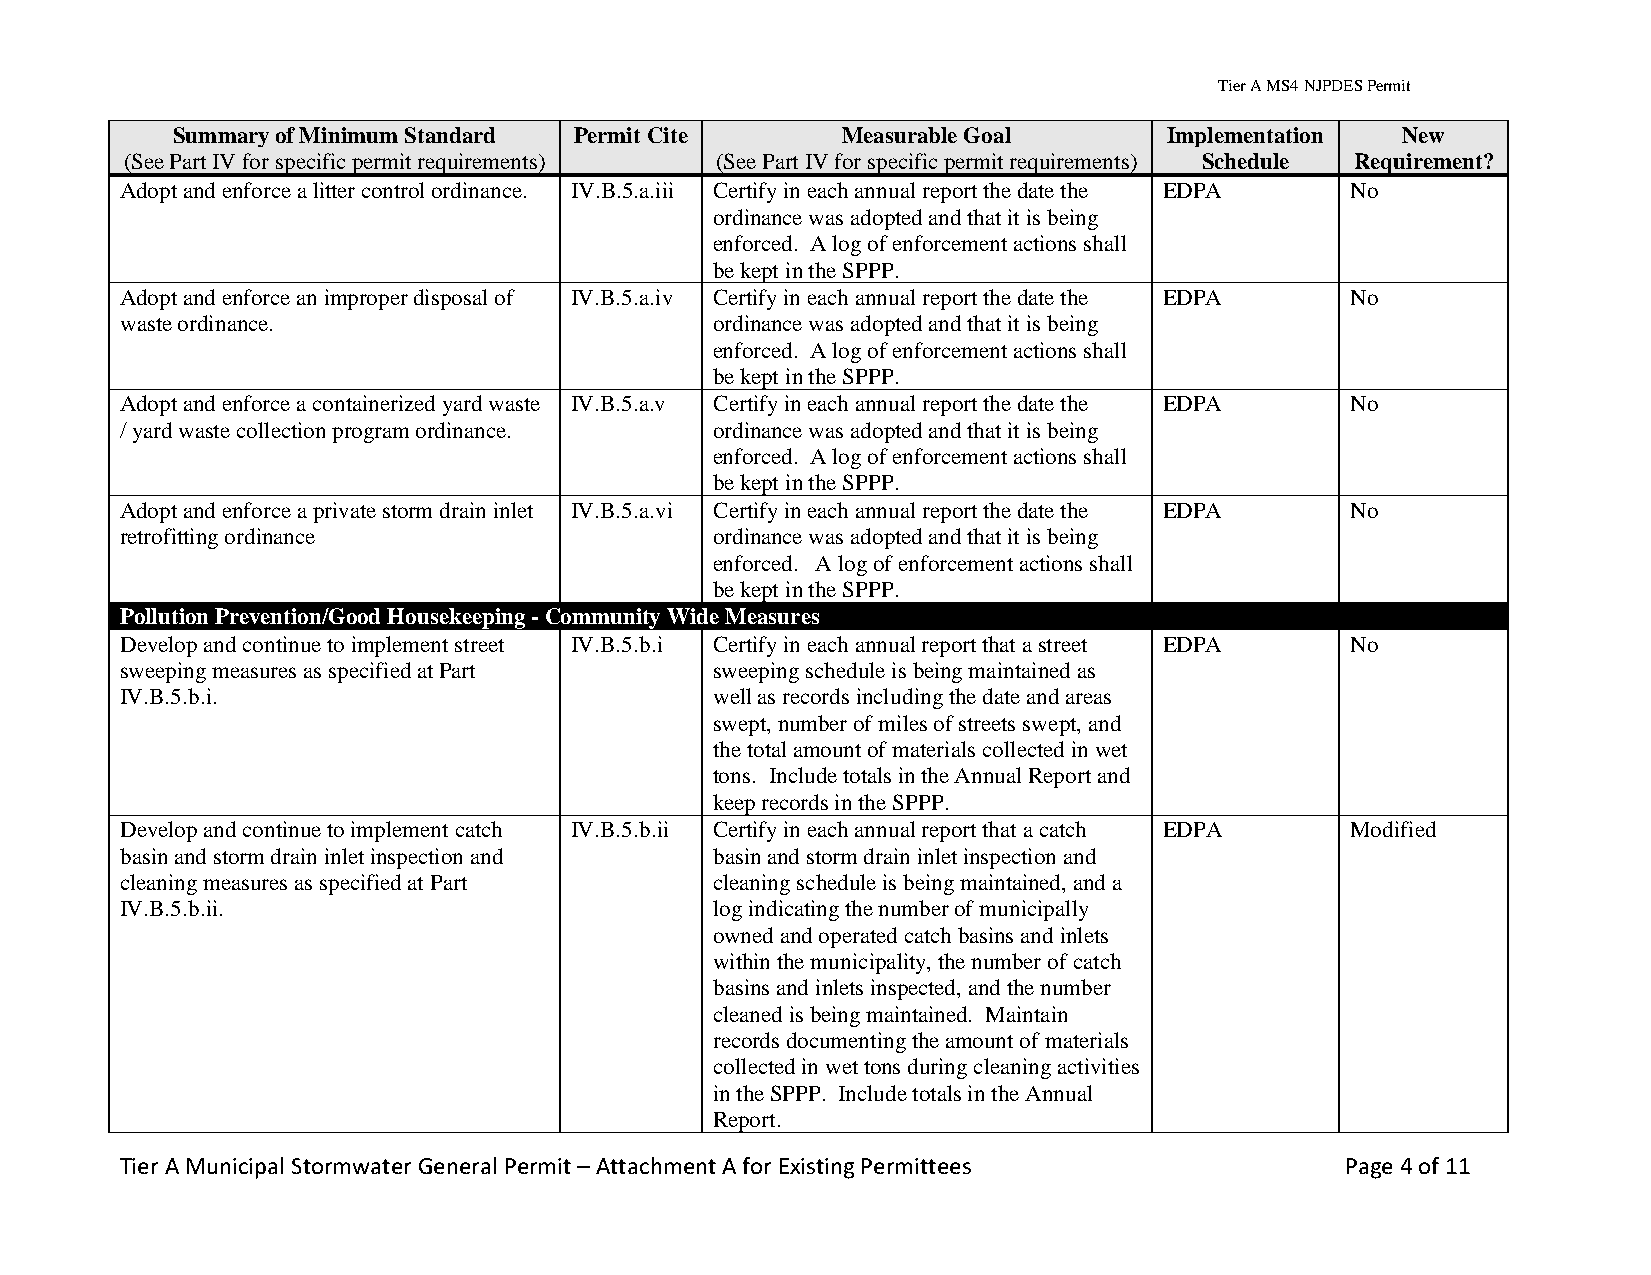
Tier A MS4 NJPDES Permit
 Summary of Minimum Standard Permit Cite      Measurable Goal      Implementation  New
 (See Part IV for specific permit requirements) (See Part IV for specific permit requirements) Schedule Requirement?
 Adopt and enforce a litter control ordinance. IV.B.5.a.iii Certify in each annual report the date the EDPA No
 ordinance was adopted and that it is being
 enforced. A log of enforcement actions shall
 be kept in the SPPP.
 Adopt and enforce an improper disposal of IV.B.5.a.iv Certify in each annual report the date the EDPA No
 waste ordinance.                       ordinance was adopted and that it is being
 enforced. A log of enforcement actions shall
 be kept in the SPPP.
 Adopt and enforce a containerized yard waste IV.B.5.a.v Certify in each annual report the date the EDPA No
 / yard waste collection program ordinance. ordinance was adopted and that it is being
 enforced. A log of enforcement actions shall
 be kept in the SPPP.
 Adopt and enforce a private storm drain inlet IV.B.5.a.vi Certify in each annual report the date the EDPA No
 retrofitting ordinance                 ordinance was adopted and that it is being
 enforced. A log of enforcement actions shall
 be kept in the SPPP.
 Pollution Prevention/Good Housekeeping - Community Wide Measures
 Develop and continue to implement street IV.B.5.b.i Certify in each annual report that a street EDPA No
 sweeping measures as specified at Part sweeping schedule is being maintained as
 IV.B.5.b.i.                            well as records including the date and areas
 swept, number of miles of streets swept, and
 the total amount of materials collected in wet
 tons. Include totals in the Annual Report and
 keep records in the SPPP.
 Develop and continue to implement catch IV.B.5.b.ii Certify in each annual report that a catch EDPA Modified
 basin and storm drain inlet inspection and basin and storm drain inlet inspection and
 cleaning measures as specified at Part cleaning schedule is being maintained, and a
 IV.B.5.b.ii.                           log indicating the number of municipally
 owned and operated catch basins and inlets
 within the municipality, the number of catch
 basins and inlets inspected, and the number
 cleaned is being maintained. Maintain
 records documenting the amount of materials
 collected in wet tons during cleaning activities
 in the SPPP. Include totals in the Annual
 Report.
 Tier A Municipal Stormwater General Permit – Attachment A for Existing Permittees Page 4 of 11